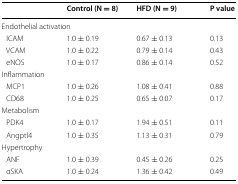
|  | Control (N = 8) | HFD (N = 9) | P value |
 | --- | --- | --- | --- |
 | <COLSPAN=4> Endothelial activation |
 | ICAM | 1.0 ± 0.19 | 0.67 ± 0.13 | 0.13 |
 | VCAM | 1.0 ± 0.22 | 0.79 ± 0.14 | 0.43 |
 | eNOS | 1.0 ± 0.17 | 0.86 ± 0.14 | 0.52 |
 | <COLSPAN=4> Inflammation |
 | MCP1 | 1.0 ± 0.26 | 1.08 ± 0.41 | 0.88 |
 | CD68 | 1.0 ± 0.25 | 0.65 ± 0.07 | 0.17 |
 | <COLSPAN=4> Metabolism |
 | PDK4 | 1.0 ± 0.17 | 1.94 ± 0.51 | 0.11 |
 | Angptl4 | 1.0 ± 0.35 | 1.13 ± 0.31 | 0.79 |
 | <COLSPAN=4> Hypertrophy |
 | ANF | 1.0 ± 0.39 | 0.45 ± 0.26 | 0.25 |
 | αSKA | 1.0 ± 0.24 | 1.36 ± 0.42 | 0.49 |